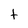
Character: t